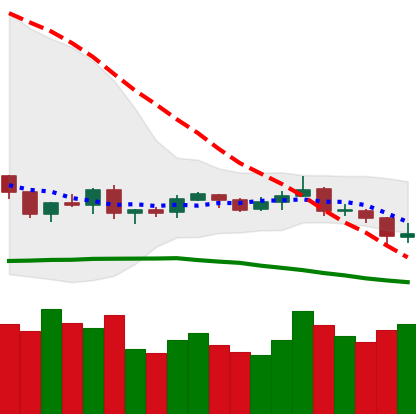
Ticker: XRP-USD
Chart end date: 2019-08-10
Forward return: -11.328%
Label: down_7plus